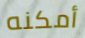
أمكنه